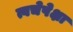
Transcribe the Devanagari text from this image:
त्वचेपेक्षा